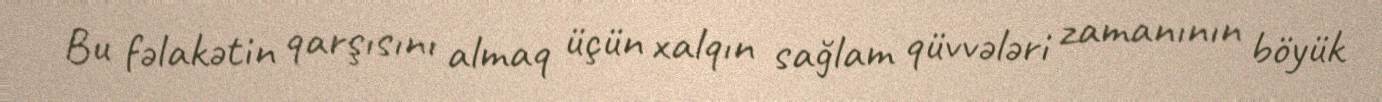
Bu fəlakətin qarşısını almaq üçün xalqın sağlam qüvvələri zamanının böyük